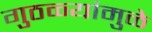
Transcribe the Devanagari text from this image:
गुठळ्यांमुळे